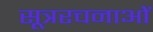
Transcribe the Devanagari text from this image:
सूत्ररचनाओं